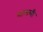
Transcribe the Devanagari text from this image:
शत्मली